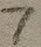
Text: 7